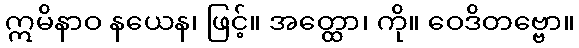
ဣမိနာဝ နယေန၊ ဖြင့်။ အတ္ထော၊ ကို။ ဝေဒိတဗ္ဗော။